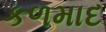
કળમાદ